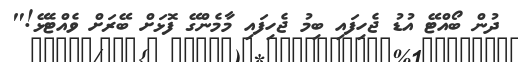
ދުން ބޯއްޓޭ އުޑު ޖެހިފައި ބިމު ޖެހިފައި މާމެންގޭ ފޮޅަށް ބޭރަށް ވެއްޓެޅޭ!"